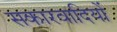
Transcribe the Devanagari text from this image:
सकारवादियों